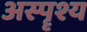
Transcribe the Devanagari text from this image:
अस्पॄश्य